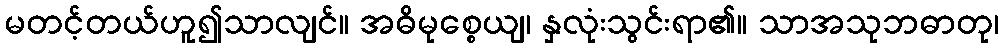
မတင့်တယ်ဟူ၍သာလျင်။ အဓိမုစ္စေယျ၊ နှလုံးသွင်းရာ၏။ သာအသုဘဓာတု၊